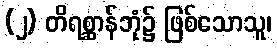
(၂) တိရစ္ဆာန်ဘုံ၌ ဖြစ်သောသူ၊